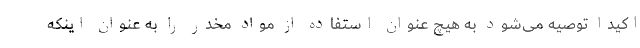
اکیدا توصیه می‌شود به هیچ عنوان استفاده از مواد مخدر را به عنوان اینکه